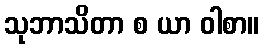
သုဘာသိတာ စ ယာ ဝါစာ။